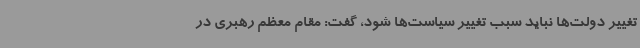
تغییر دولت‌ها نباید سبب تغییر سیاست‌ها شود، گفت: مقام معظم رهبری در